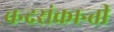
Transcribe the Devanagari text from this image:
चन्द्रसंक्रान्ती